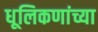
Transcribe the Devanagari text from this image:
धूलिकणांच्या